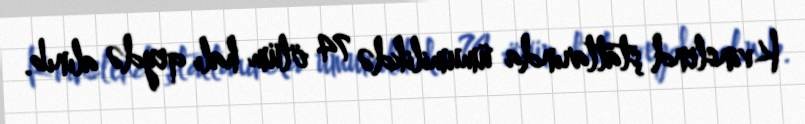
Kvinslend ştatlarında ümumilikdə 74 ölüm halı qeydə alınıb.